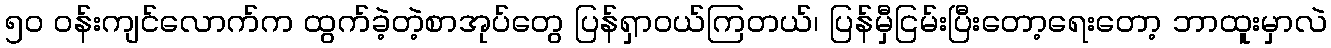
၅၀ ဝန်းကျင်လောက်က ထွက်ခဲ့တဲ့စာအုပ်တွေ ပြန်ရှာဝယ်ကြတယ်၊ ပြန်မှီငြမ်းပြီးတော့ရေးတော့ ဘာထူးမှာလဲ